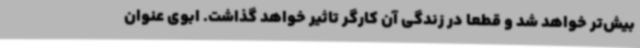
بیش‌تر خواهد شد و قطعا در زندگی آن کارگر تاثیر خواهد گذاشت. ابوی عنوان